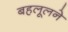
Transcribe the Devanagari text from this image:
बहलूलने